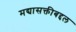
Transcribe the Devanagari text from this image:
मद्यासक्तीबद्दल